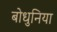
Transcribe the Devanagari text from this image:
बोधुनिया